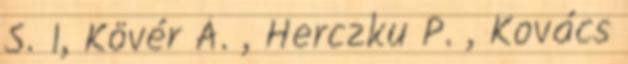
S. 1, Kövér Á. , Herczku P. , Kovács